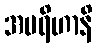
အပရိဟာနိ